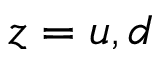
z = u , d